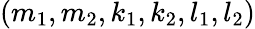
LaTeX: (m_{1},m_{2},k_{1},k_{2},l_{1},l_{2})